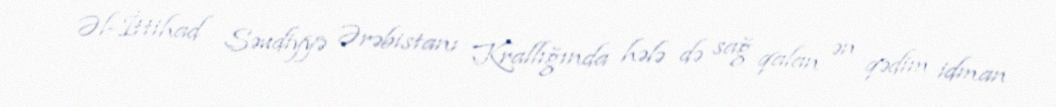
Əl-İttihad Səudiyyə Ərəbistanı Krallığında hələ də sağ qalan ən qədim idman